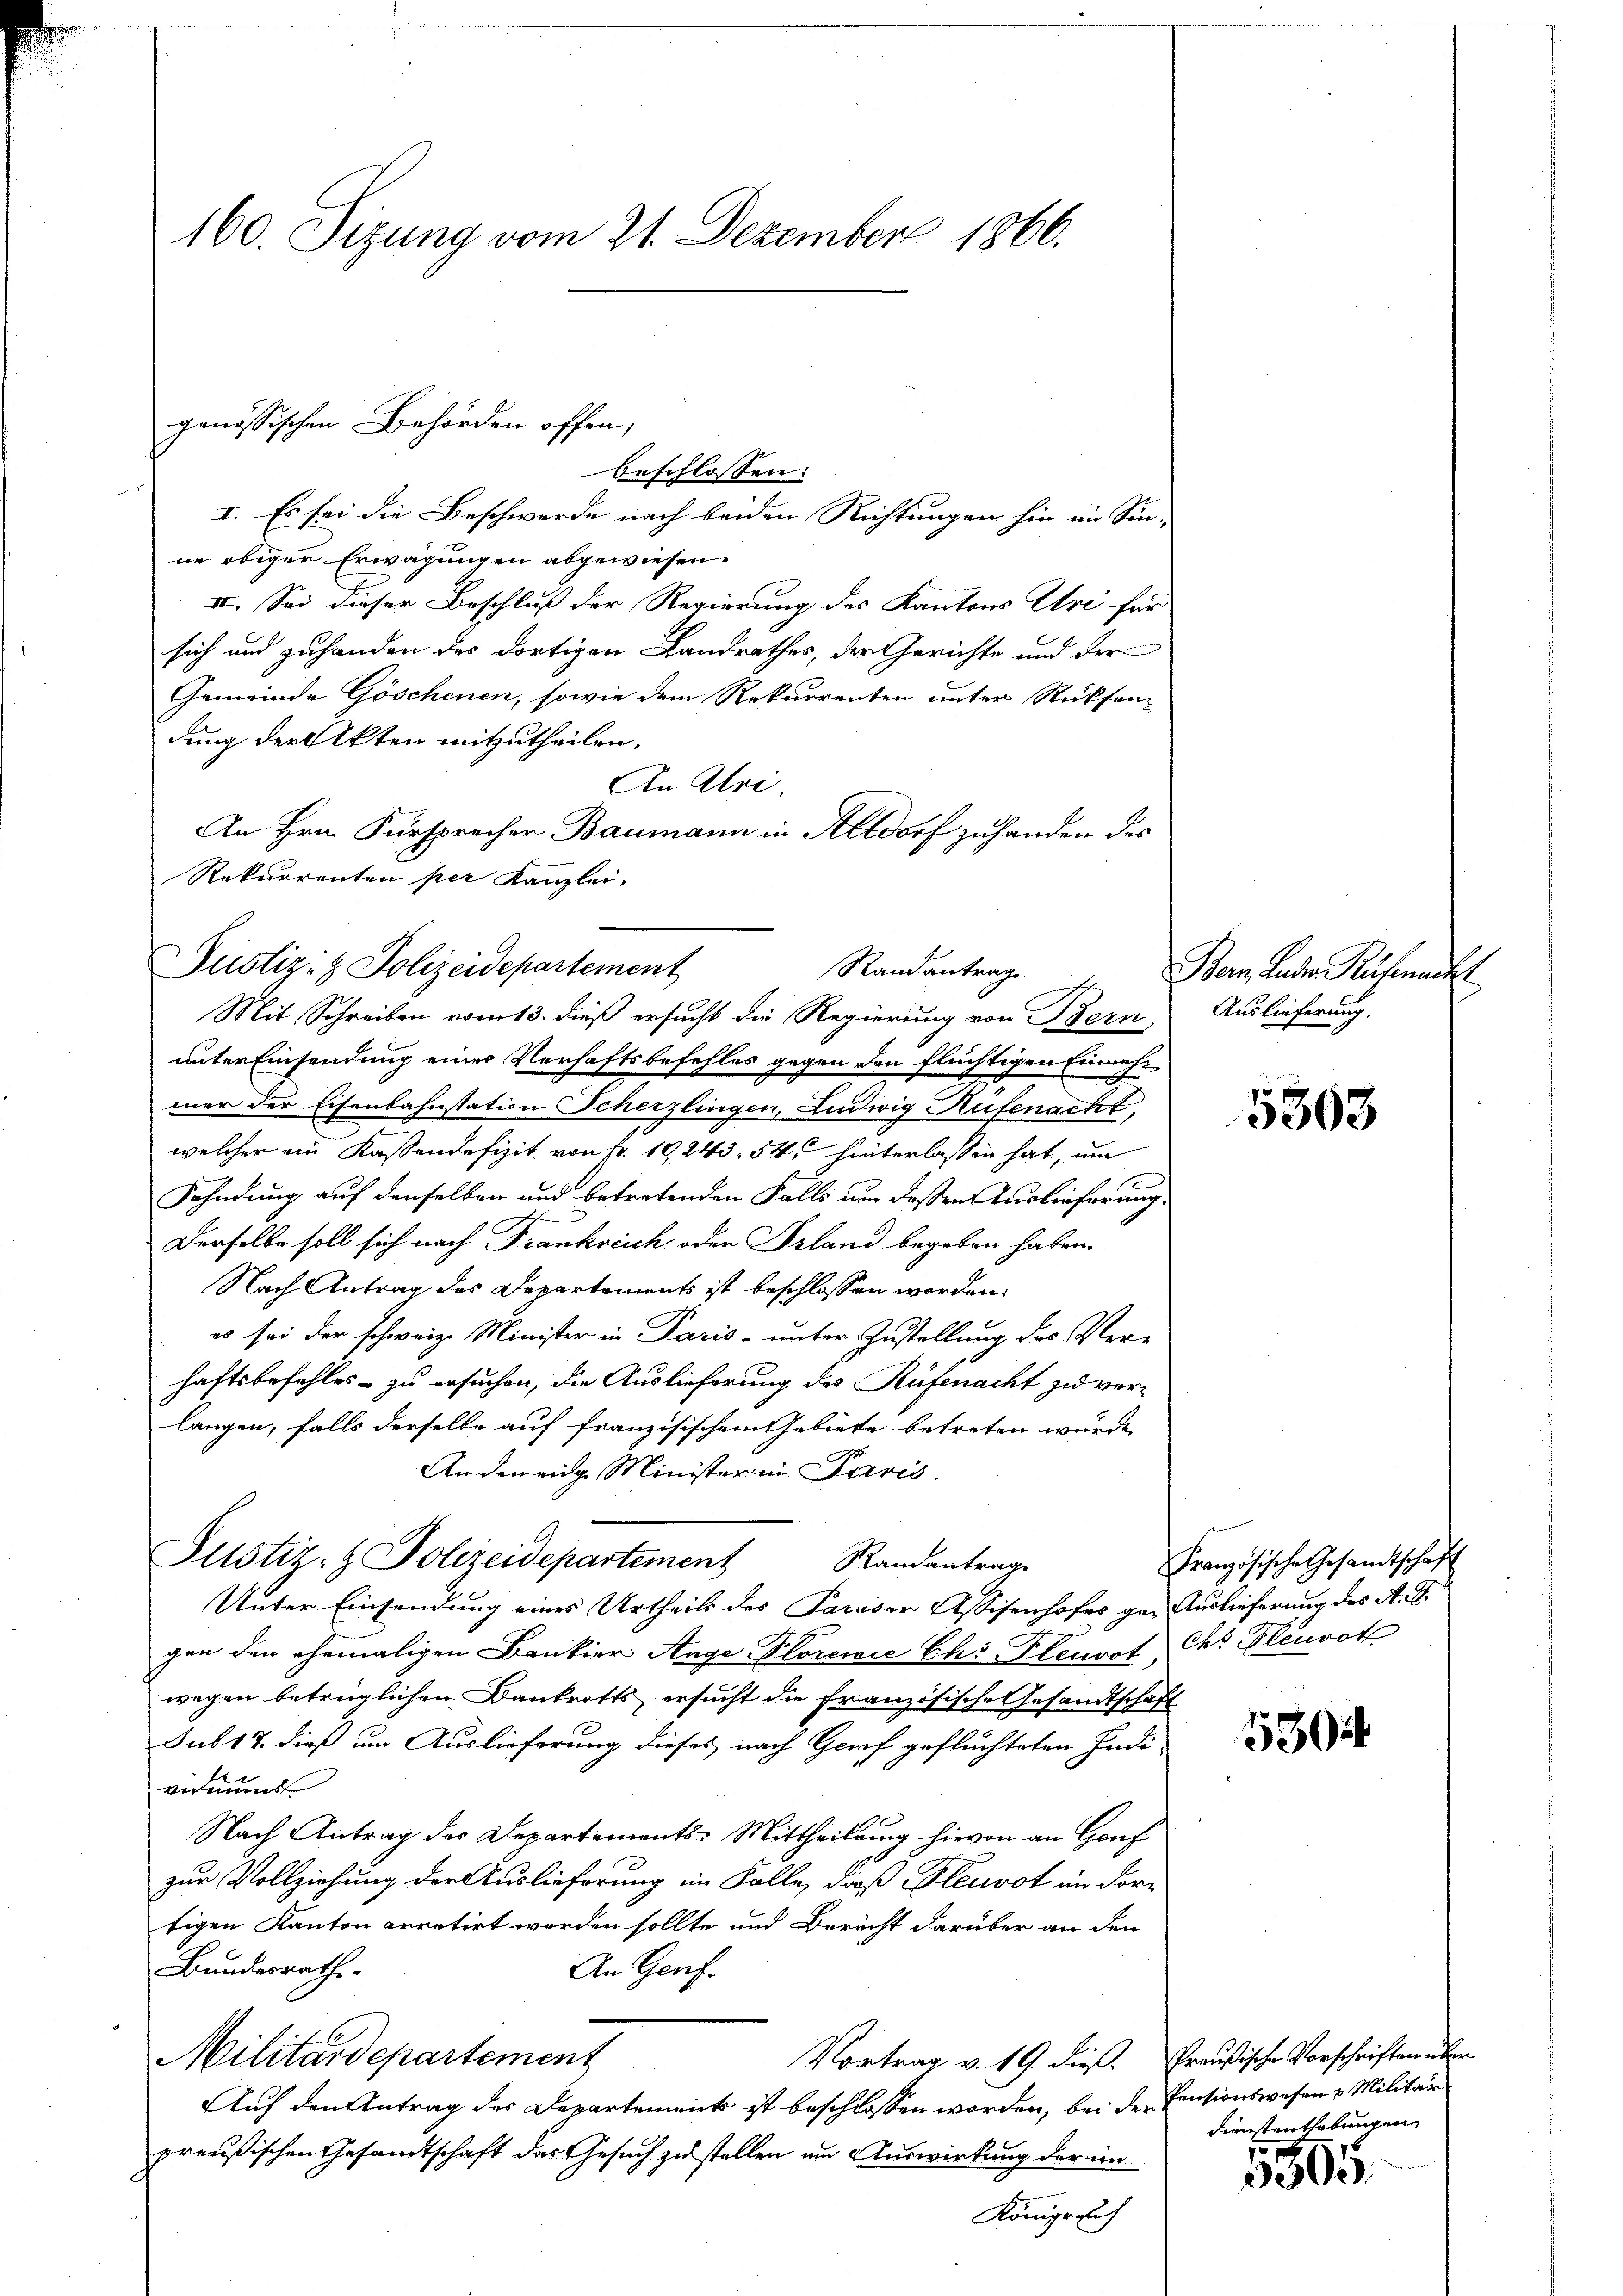
160. Sizung vom 21. Dezember 1866.

I. Es sei die Beschwerde nach beiden Richtungen hin im Sin-
ne obiger Erwägungen abgewiesen.
II. Sei dieser Beschluß der Regierung des Kantons Uri für
sich und zuhanden des dortigen Landrathes, der Gerichte und der
Gemeinde Göschenen, sowie dem Rekurrenten unter Rücksen
dung der Akten mitzutheilen.
An Alri.
An Hrn. Fürsprecher Baumann in Altdorf zuhanden des
Rekurrenten per Kanzlei-

genössischen Behörden offen;
beschlossen:

Justiz- & Polizeidepartement
Mit Schreiben vom 13. dieß ersucht die Regierung von Bern

Pustiz- & Polizeidepartement Randantrage

unter Einsendung eines Verhaftsbefehles gegen den flüchtigen Einnehmer der Eisenbahnstation Scherzlingen, Ludwig Aufenacht,
welcher ein Kassendefizit von fr. 19, 243. 54, hinterlassen hat, um
Fahndung auf denselben und betretenden Falls um dessen Auslieferung
Derselbe soll sich nach Frankreich oder Prland begeben haben.
Nach Antrag des Departements ist beschlossen worden.
es sei der schweiz. Minister in Paris - unter Zustellung des Ver-
haftsbefehles – zu ersuchen, die Auslieferung des Rüfenacht zu verlangen, falls derselbe auf französischem Gebiete betreten würde,
Andereng Minister in Paris.
Unter Einsendung eines Urtheils des Pariser Assisenhofes ge- Auslieferung des A. G.
gen den ehemaligen Bankier Ange Plorene Chi Pleurst des Plenroth
wegen betrüglichen Dankrotts ersucht die französische Gesandtschaft
Sub17. dieß um Auslieferung dieses nach Greif geflüchteten Indi-
virmund
Nach Antrag des Departements-Mittheilung hievon an Gouf
zur Vollziehung der Auslieferung im Falle, daß Plenrot an dortigen Kanton arretirt werden sollte und Bericht darüber an den
Bundesrathe
An Genf.
Vortrag v. 19. dies. Preußische Vorschriften über
Militärdepartement
Auf den Antrag des Departements ist beschlossen worden, bei der
preußischen Gesandtschaft das Gesuch zu stellen um Auswirkung der imm
Königreich

Randantrag Bern, Luder Ruhmacht
Auslieferung.

5363

Französische Gesandtschaft

130

Pensionswesen & Militär
Dienstenthebungen

305.